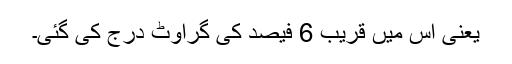
یعنی اس میں قریب 6 فیصد کی گراوٹ درج کی گئی۔